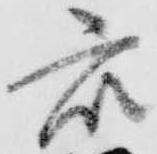
衆